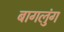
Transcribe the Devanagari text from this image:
बागलुंग